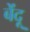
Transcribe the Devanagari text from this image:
बेंदू